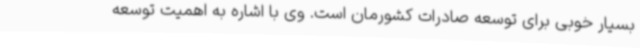
بسیار خوبی برای توسعه صادرات کشورمان است. وی با اشاره به اهمیت توسعه